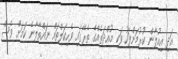
އަދި އިއުލާން ކުރުމަށްފަހު ވަކި މުއްދަތެއްގެ ތެރޭގައި ވެހިކަލްތައް ނައްތާލާނެ ކަމަށް ވެސް